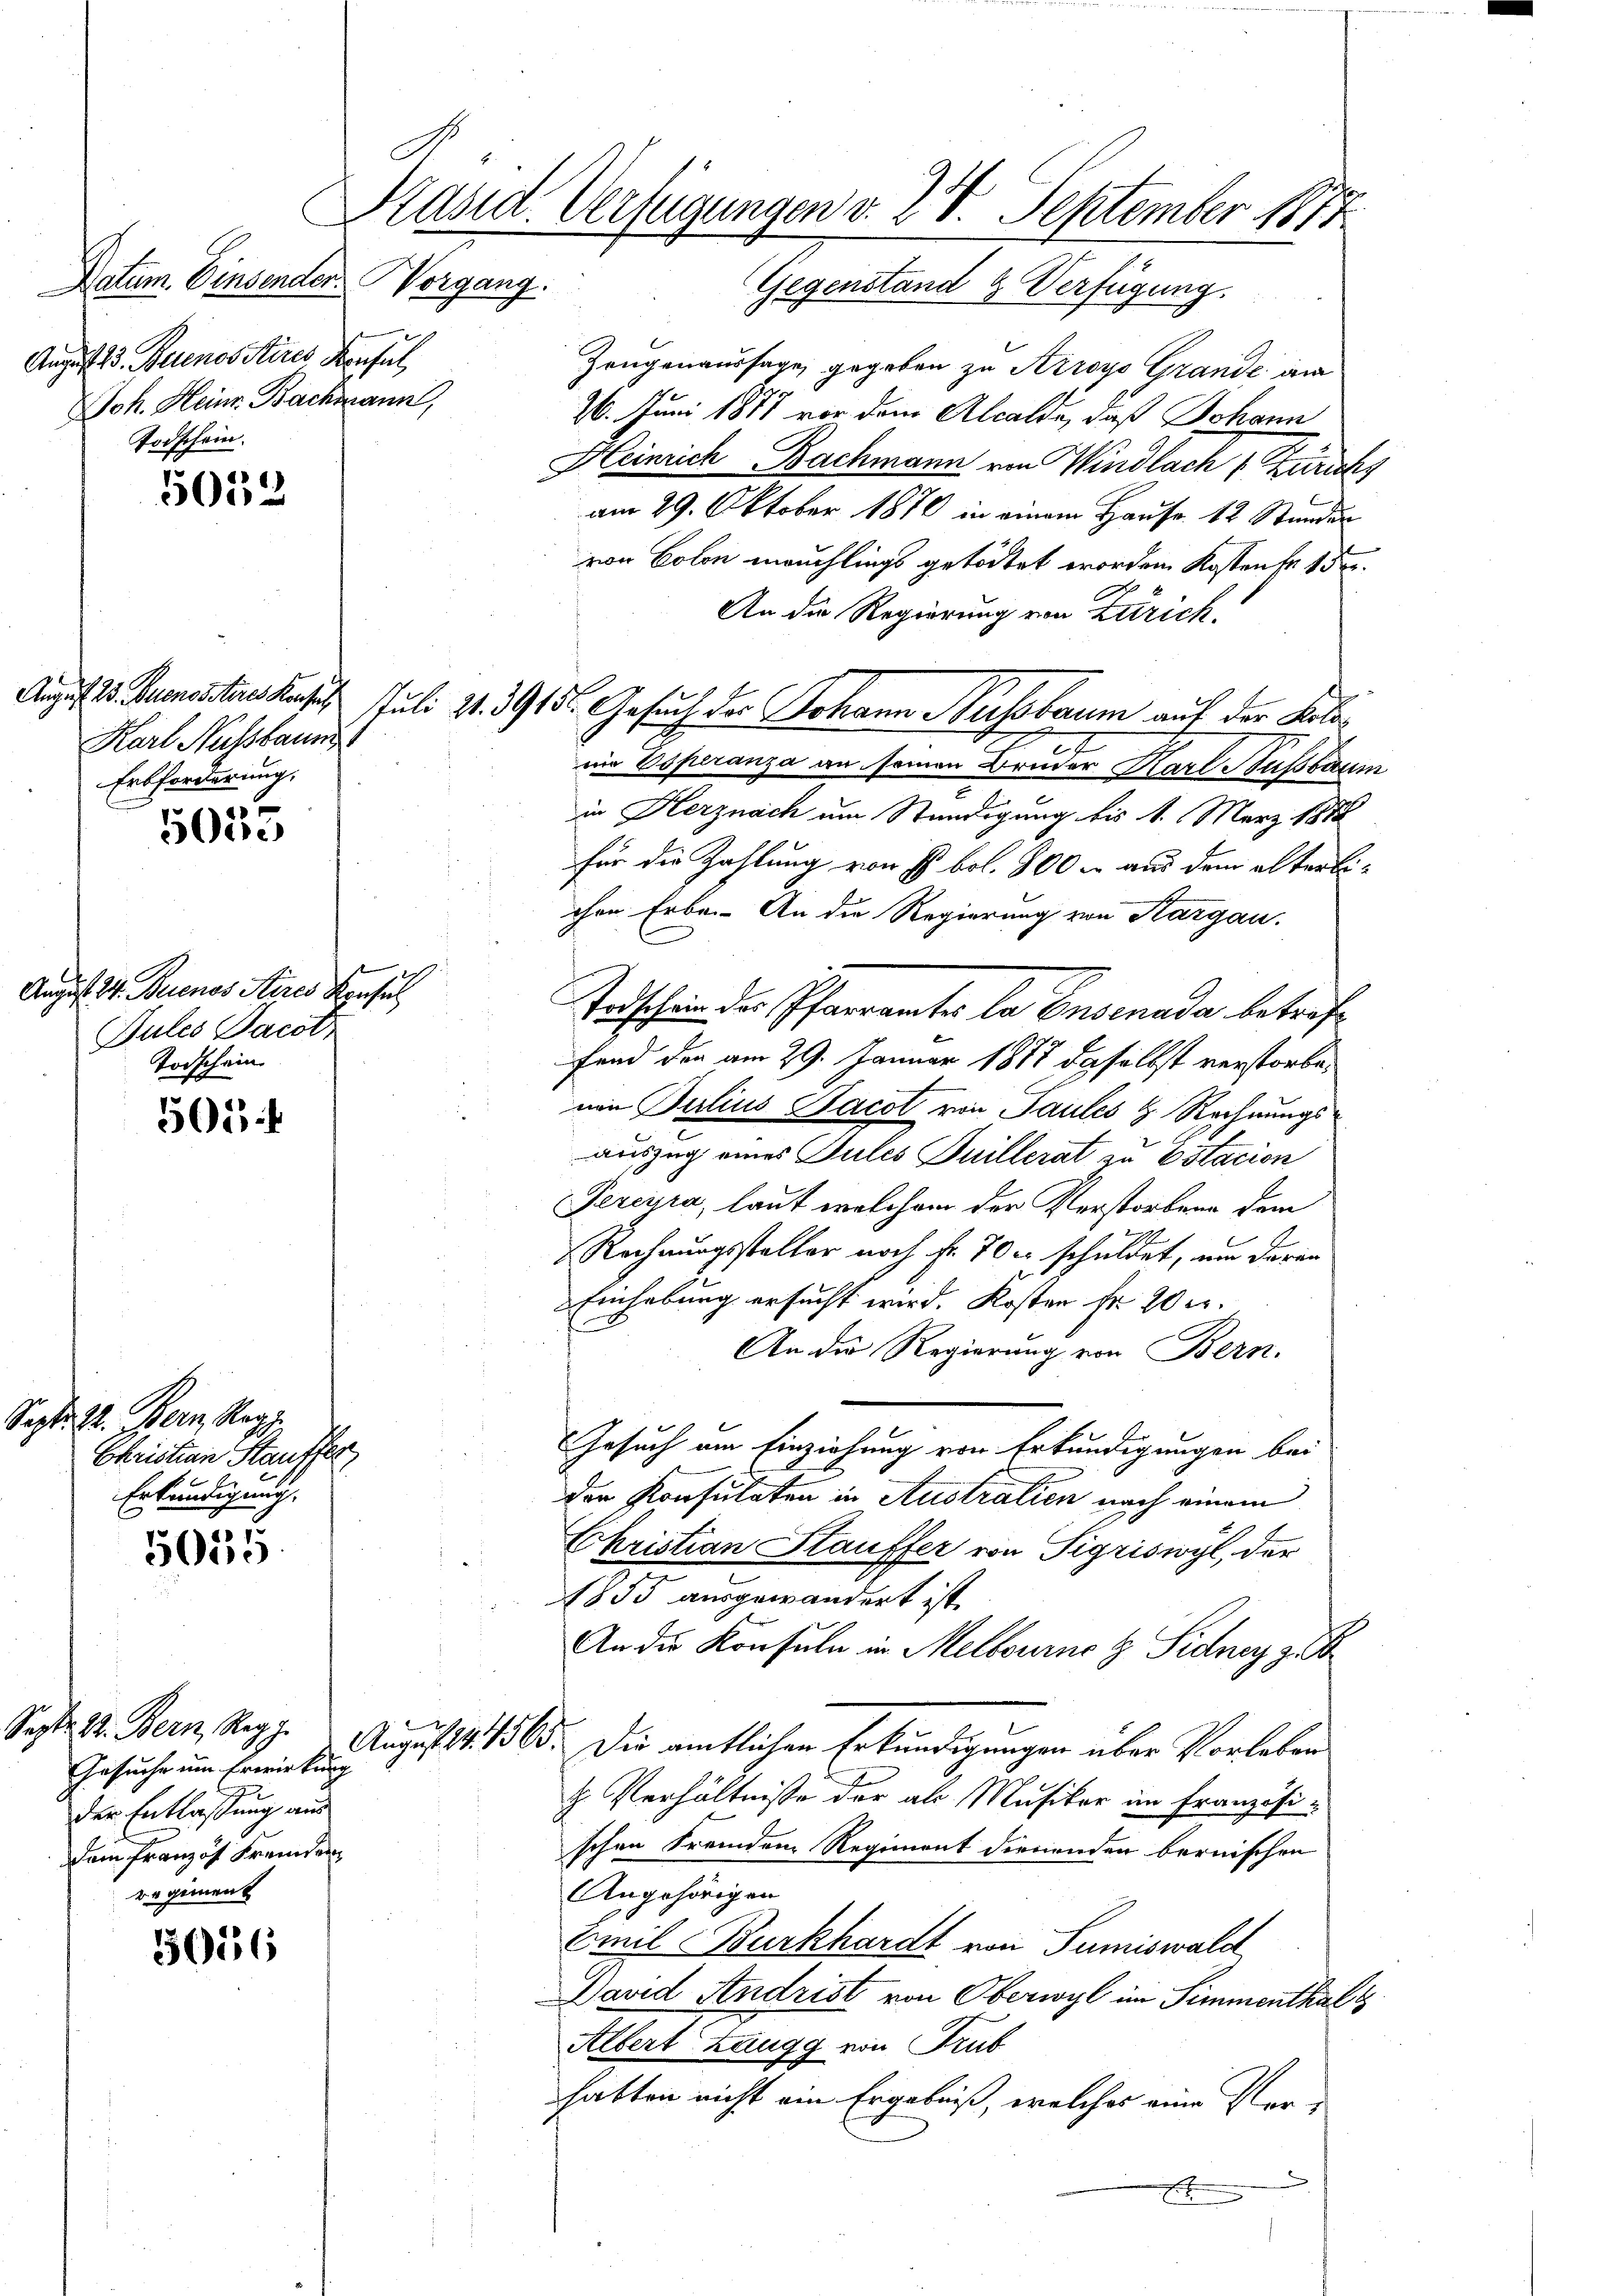
5052

50te

August 24. Buenos Aires Konsul
Jules Dacotz
Todschein

505

Sept. 12. Bern, Ragg
Christian Stauffer
Erkundigung.

5055

Gesuche um Erwirkung
der Entlassung aus
Dem Franzof Fremden
vegiment

3016

Brasid. Verfügungen v. 28. September 1877

Datum. Einsender Vorgang.
August 13. Buenositires Konsul,
Joh. Heinr. Bachmann,
Todschein.

Karl Nussbaume
Erbforderung.
x

Gegenstand & Verfügung.
Zeugenaussage gegeben zu Arroys Grande am
26. Juni 1877 vor dem Alcalde, daß Johann
Heinrich Bachmann von Windlach & Zürichs
am 29. Oktober 1870 in einem Hause. 12 Stunder
von Colon meuchlings getödtet worden Kosten fr. 15.
An die Regierung von Zürich.
.
nir Esperanza an seinen Bruder Karl Nussbaum
in Herznach um Standigung bis 1. März 1882
für die Zahlung von E. bol. 800 m aus dem alterliihre Erbe. An die Regierung von Aargau.
Teschien der Pfarramtes la Ensenada betreff
fend den am 29. Januar 1887 daselbst verstorbenin Berlius Jacol von Paules & Rechnungsauszug eines Jules Juillerat zu Estacion
Percira, laut welchem der Verstorben dem
Rechnungssteller noch fr. 70 c schuldet, um daran
Einhebung ersucht wird. Kosten Fr. 20 er
An die Regierung von Bern.
Gesuch am Einziehung von Erkundigungen bei
der Konsulaten in Australien nach einem
Christian Stauffer von Sigriswyl, der
1855 ausgewandert ist.
An die Konsuln in Melbourne & Sidney zu
Sept. d. Bern, Reg. August 1865. Die amtlichen Erkundigungen über Vorleben
H. Verhältnisse der als Musiker im französischen Fremden Regiment dienenden bernischen
Angehörigen
Emil Burkhardt von Tumiswald
David Andrist von Oberwyl im Simmenthalt
Albert Zaugg von Trub
habten nicht ein Ergebniß, welches eine Verx

August 18. Junisteres Kasus Juli 31. 3915. Gesuch der Johann Bussbaum auf der Kolo¬